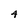
Character: 4